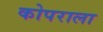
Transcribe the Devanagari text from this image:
कोपराला